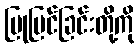
ပြုပြင်ခြင်းတို့ကို